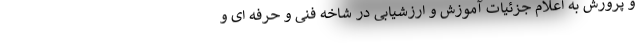
و پرورش به اعلام جزئیات آموزش و ارزشیابی در شاخه فنی و حرفه ای و